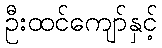
ဦးထင်ကျော်နှင့်